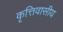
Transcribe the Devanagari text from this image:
कृत्तिवासीय